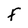
Character: F